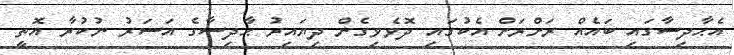
އެޙާދިސާގައި ބައެއް ރަށްރަށް އެކުގައި ދޮވެވިގެން ދިޔައިރު ޙާދިސާގެ އަސަރު ނުކުރާ އޮތީ